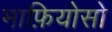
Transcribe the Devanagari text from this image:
माफ़ियोसो